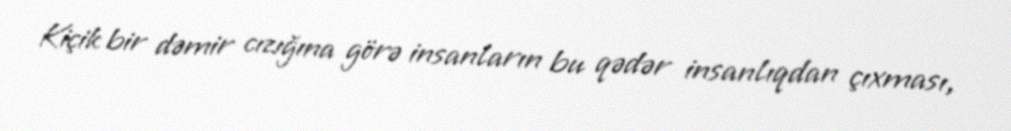
Kiçik bir dəmir cızığına görə insanların bu qədər insanlıqdan çıxması,